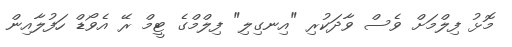
މޮޅު ފިލްމަށް ވެސް ވާދަކުރި "އިނގިލި" ފިލްމްގެ ޓީމް ރޭ އެވޯޑް ހަފުލާއިން